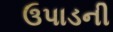
ઉપાડની